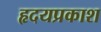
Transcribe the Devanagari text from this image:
हृदयप्रकाश